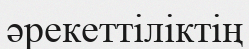
әрекеттіліктің